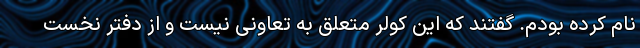
نام کرده بودم. گفتند که این کولر متعلق به تعاونی نیست و از دفتر نخست